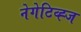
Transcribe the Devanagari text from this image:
नेगेटिव्ह्ज